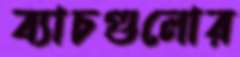
ব্যাচগুলোর